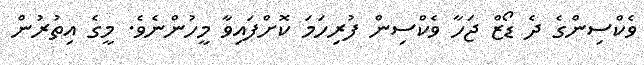
ވެކްސިންގެ ދެ ޑޯޒް ޖަހާ ވެކްސިން ފުރިހަމަ ކޮށްފައިވާ މީހުންނެވެ. މީގެ އިތުރުން